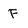
Character: F